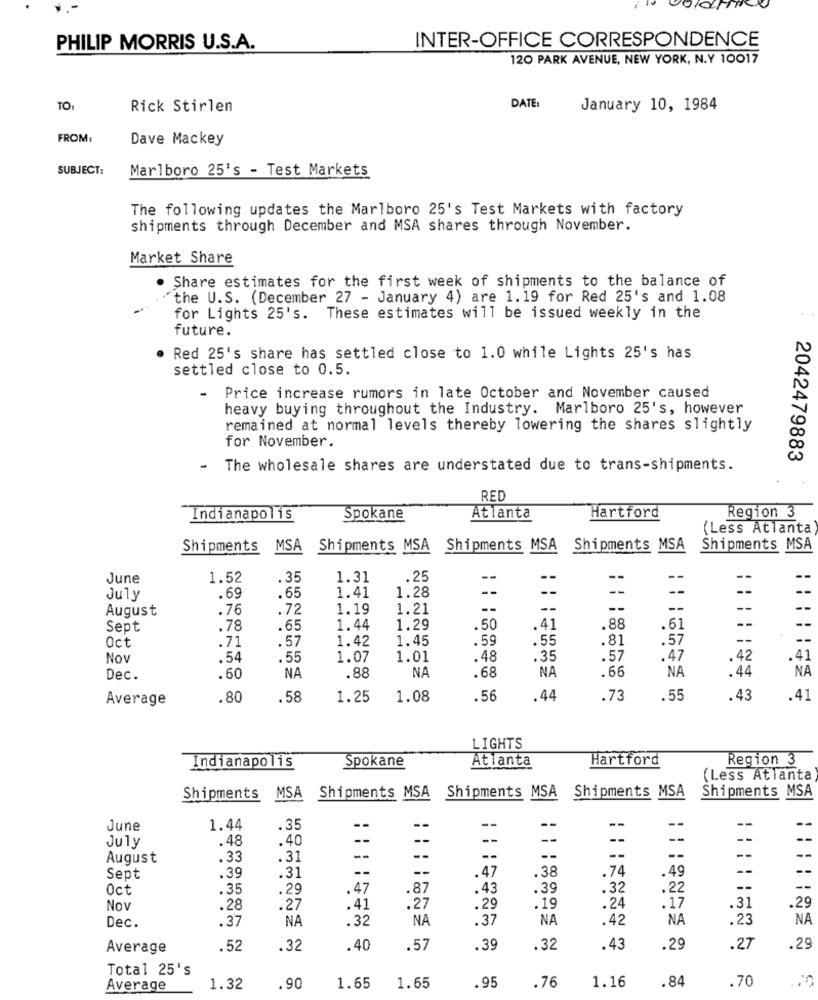
PHILIP MORRIS U.S.A.
INTER-OFFICE CORRESPONDENCE
120 PARK AVENUE, NEW YORK, N.Y 10017
TO:
Rick Stirlen
DATE:
January 10, 1984
FROM:
Dave Mackey
SUBJECT:
Marlboro 25's - Test Markets
The following updates the Marlboro 25's Test Markets with factory
shipments through December and MSA shares through November.
Market Share
. Share estimates for the first week of shipments to the balance of
"the U.S. (December 27 - January 4) are 1.19 for Red 25's and 1.08
for Lights 25's. These estimates will be issued weekly in the
future.
Red 25's share has settled close to 1.0 while Lights 25's has
settled close to 0.5.
- Price increase rumors in late October and November caused
heavy buying throughout the Industry. Marlboro 25's, however
remained at normal levels thereby lowering the shares slightly
for November.
2042479883
-
The wholesale shares are understated due to trans-shipments.
RED
Indianapolis
Spokane
Atlanta
Hartford
Region 3
(Less Atlanta
Shipments
MSA
Shipments MSA Shipments MSA Shipments MSA
Shipments MSA
June
1.52
.35
1.31
.25
--
--
--
--
.69
1.41
1.28
--
--
--
--
July
. 65
August
.76
.72
1.19
1.21
--
--
--
--
Sept
.78
.65
1.44
1.29
.50
41
.88
.61
Oct
.71
.57
1.42
1.45
.59
.55
.81
.57
Nov
.54
.55
1.07
1.01
.48
.35
.57
.47
.
.42
.41
NA
NA
.66
NA
.44
NA
Dec.
.60
NA
.88
.68
Average
.80
.58
1.25
1.08
.56
.44
.73
.55
.43
.41
LIGHTS
Spokane
Atlanta
Hartford
Region 3
Indianapolis
(Less Atlanta
Shipments MSA
Shipments
MSA Shipments MSA Shipments MSA Shipments MSA
--
June
1.44
35
--
--
--
--
--
--
--
July
.48
.40
--
--
--
--
--
--
--
August
.33
.31
--
--
--
--
--
--
--
.47
.38
.74
.49
--
Sept
.39
.31
Oct
.35
.29
.47
.87
.43
.39
.32
.22
--
--
.29
Nov
.28
.27
.41
.27
.29
.19
.24
.17
.31
Dec.
.37
NA
.32
NA
.37
NA
.42
NA
.23
NA
Average
.52
.32
.40
.57
.39
.32
.43
.29
.27
.29
Total 25's
.95
1.16
.84
.70
Average
1.32
.90
1.65
1.65
.76